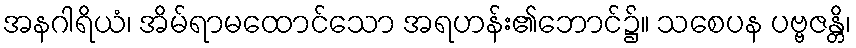
အနဂါရိယံ၊ အိမ်ရာမထောင်သော အရဟန်း၏ဘောင်၌။ သစေပန ပဗ္ဗဇန္တိ၊